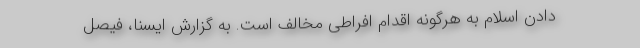
دادن اسلام به هرگونه اقدام افراطی مخالف است. به گزارش ایسنا، فیصل